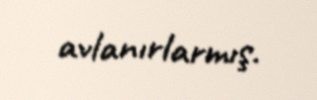
avlanırlarmış.